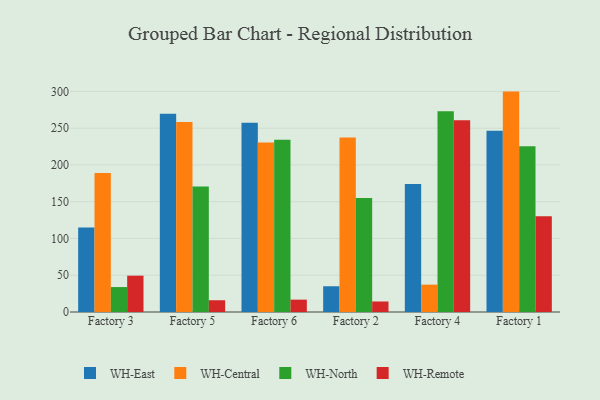
{"axis": {"x": "Factory", "y": "Inventory Turnover"}, "legend": ["WH-Central", "WH-East", "WH-North", "WH-Remote"], "data": [{"x": "Factory 3", "y": 114.9, "type": "WH-East"}, {"x": "Factory 3", "y": 189.0, "type": "WH-Central"}, {"x": "Factory 3", "y": 33.9, "type": "WH-North"}, {"x": "Factory 3", "y": 49.4, "type": "WH-Remote"}, {"x": "Factory 5", "y": 269.6, "type": "WH-East"}, {"x": "Factory 5", "y": 258.5, "type": "WH-Central"}, {"x": "Factory 5", "y": 170.6, "type": "WH-North"}, {"x": "Factory 5", "y": 16.0, "type": "WH-Remote"}, {"x": "Factory 6", "y": 257.3, "type": "WH-East"}, {"x": "Factory 6", "y": 230.4, "type": "WH-Central"}, {"x": "Factory 6", "y": 234.3, "type": "WH-North"}, {"x": "Factory 6", "y": 16.8, "type": "WH-Remote"}, {"x": "Factory 2", "y": 35.0, "type": "WH-East"}, {"x": "Factory 2", "y": 237.4, "type": "WH-Central"}, {"x": "Factory 2", "y": 155.1, "type": "WH-North"}, {"x": "Factory 2", "y": 14.3, "type": "WH-Remote"}, {"x": "Factory 4", "y": 174.0, "type": "WH-East"}, {"x": "Factory 4", "y": 37.2, "type": "WH-Central"}, {"x": "Factory 4", "y": 273.0, "type": "WH-North"}, {"x": "Factory 4", "y": 260.9, "type": "WH-Remote"}, {"x": "Factory 1", "y": 246.3, "type": "WH-East"}, {"x": "Factory 1", "y": 299.7, "type": "WH-Central"}, {"x": "Factory 1", "y": 225.4, "type": "WH-North"}, {"x": "Factory 1", "y": 130.2, "type": "WH-Remote"}]}